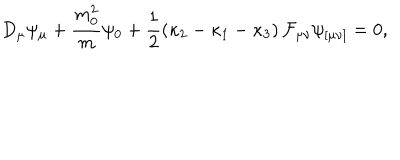
D _ { \mu } \psi _ { \mu } + \frac { m _ { 0 } ^ { 2 } } { m } \psi _ { 0 } + \frac { 1 } { 2 } \left( \kappa _ { 2 } - \kappa _ { 1 } - \kappa _ { 3 } \right) { \cal F } _ { \mu \nu } \psi _ { [ \mu \nu ] } = 0 ,